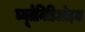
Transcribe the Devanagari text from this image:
ब्यूतेनिडिओइक